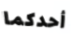
أحدكما